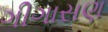
ગીગાસણ